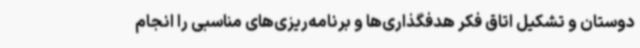
دوستان و تشکیل اتاق فکر هدفگذاری‌ها و برنامه‌ریزی‌های مناسبی را انجام